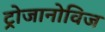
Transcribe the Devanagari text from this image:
ट्रोजानोविज